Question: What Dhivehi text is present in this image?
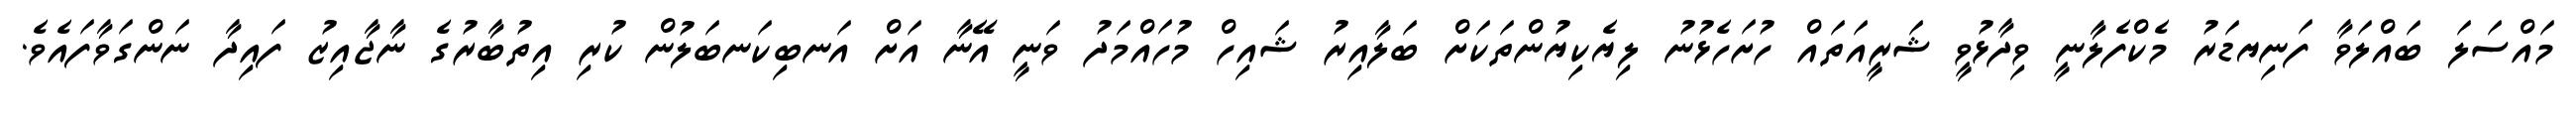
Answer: މައްސަލަ ބައްލަވާ ފަނިޔޑަރު މެކްފެލާނީ ވިދާޅުވީ ޝަރީއަތައް ހުށަހެޅުނު ލިޔެކިޔުންތަކަށް ބަލާއިރު ޝައިހް މުހައްމަދު ވަނީ އޭނާ އަށް އަނބިކަނބަލުން ކުރި އިތުބާރުގެ ނާޖާއިޒު ފައިދާ ނަންގަވާފައެވެ.